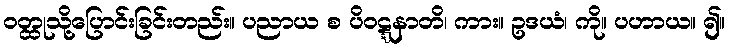
ဝတ္ထုသို့ပြောင်းခြင်းတည်း။ ပညာယ စ ပိဝဋ္ဋနာတိ၊ ကား။ ဥဒယံ၊ ကို။ ပဟာယ။ ၍။